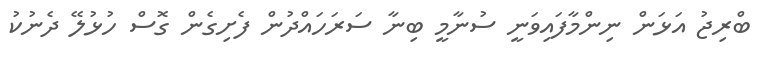
ބްރިޖު އަޅަން ނިންމާފައިވަނީ ސުނާމީ ބިނާ ސަރަހައްދުން ފެށިގެން ގޮސް ހުޅުލޭ ދެނުކު